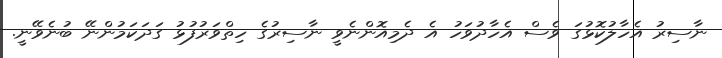
ނާސިރު އެހާލުކޮޅުގަ ވެސް އެހާދުވަހު އެ ދެމިއޮންނެވީ ނާސިރުގެ ހިތްވަރުފުޅު ގަދަކަމުންނޭ ބުނެވޭނީ.